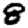
Digit: 8